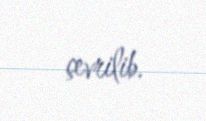
çevrilib.